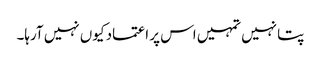
پتا نہیں تمہیں اس پر اعتماد کیوں نہیں آرہا۔